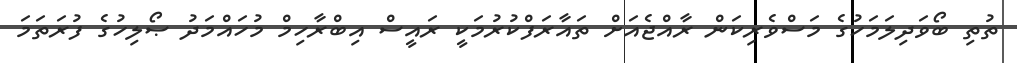
ތުތި ބޯވަދިލަމަހުގެ މަސްވެރިކަން ރާއްޖެއަށް ތައާރަފްކުރުމަކީ ރައީސް އިބްރާހިމް މުހައްމަދު ޞޯލިހުގެ ފުރަތަމަ